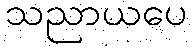
သညာယပေ